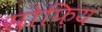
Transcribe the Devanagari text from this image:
सोफ़िय